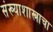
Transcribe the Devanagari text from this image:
संख्याशास्त्राचा